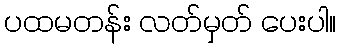
ပထမတန်း လတ်မှတ် ပေးပါ။